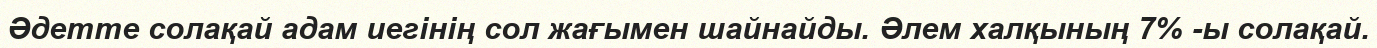
Әдетте солақай адам иегінің сол жағымен шайнайды. Әлем халқының 7% -ы солақай.